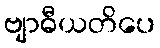
ဗျာဓီယတိပေ